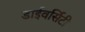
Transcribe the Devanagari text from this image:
डाईवर्सिटी